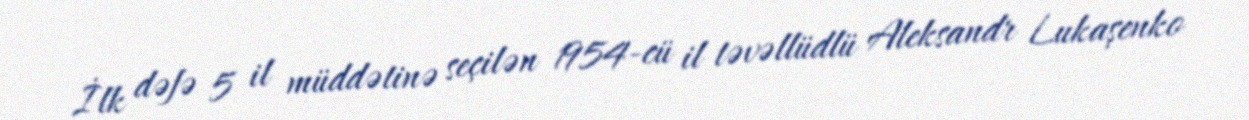
İlk dəfə 5 il müddətinə seçilən 1954-cü il təvəllüdlü Aleksandr Lukaşenko